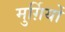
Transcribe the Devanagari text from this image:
मुर्ग़ियों